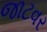
જાટવર